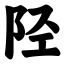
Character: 陉